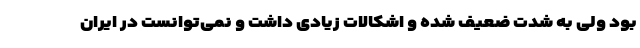
بود ولی به شدت ضعیف شده و اشکالات زیادی داشت و نمی‌توانست در ایران